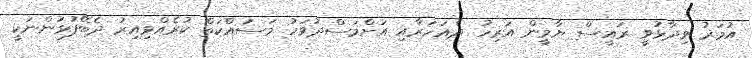
އުމަރު ވިދާޅުވީ ރައީސް ޔާމީން އަރިހު ދެއަހަރާއި އަށްމަސްދުވަހު މަސައްކަތް ކުރެއްވިއިރު ދެބޭފުޅުންނަކީ